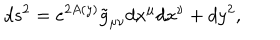
d s ^ { 2 } = e ^ { 2 A \left( y \right) } \tilde { g } _ { \mu \nu } d x ^ { \mu } d x ^ { \nu } + d y ^ { 2 } ,